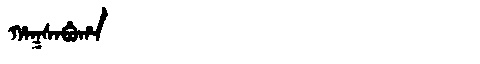
Manchu: ᡥᠠᡴᠰᠠᠪᡠᡥᠠ
Romanization: HAKSABUHA